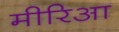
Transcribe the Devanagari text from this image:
मीरिआ